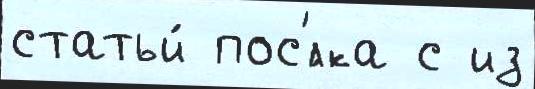
статьи́ пос'́лка с из